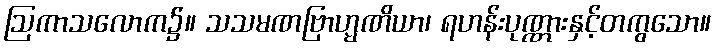
ဩကာသလောက၌။ သသမဏဗြာဟ္မဏိယာ၊ ရဟန်းပုဏ္ဏားနှင့်တကွသော။